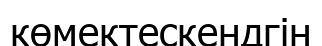
көмектескендгін